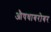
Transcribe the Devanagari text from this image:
औषधाबरोबर